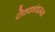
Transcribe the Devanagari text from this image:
देवकांवरून